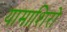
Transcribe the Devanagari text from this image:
यामाशिरो